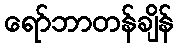
ရော်ဘာတန်ချိန်